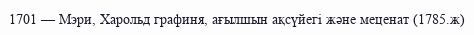
1701 — Мэри, Харольд графиня, ағылшын ақсүйегі және меценат (1785.ж)